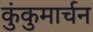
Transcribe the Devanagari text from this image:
कुंकुमार्चन